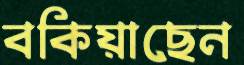
বকিয়াছেন